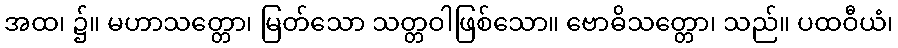
အထ၊ ၌။ မဟာသတ္တော၊ မြတ်သော သတ္တဝါဖြစ်သော။ ဗောဓိသတ္တော၊ သည်။ ပထဝီယံ၊